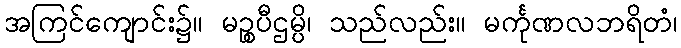
အကြင်ကျောင်း၌။ မဉ္စပီဌမ္ပိ၊ သည်လည်း။ မင်္ကုဏလဘရိတံ၊